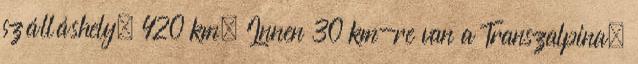
szálláshely. 420 km. Innen 30 km-re van a Transzalpina,